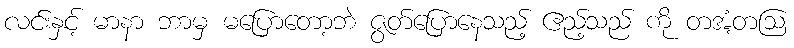
လင်းနှင့် မာနာ ဘာမှ မပြောတော့ဘဲ ဇွတ်ပြောနေသည့် ဧည့်သည် ကို တအံ့တဩ